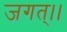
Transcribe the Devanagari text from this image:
जगत्।।